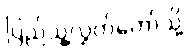
ပြည်သူ့လွှတ်တော်သို့